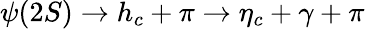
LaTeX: \psi(2S)\to h_{c}+\pi\to\eta_{c}+\gamma+\pi